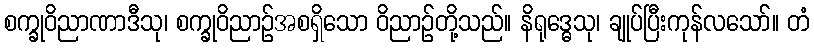
စက္ခုဝိညာဏာဒီသု၊ စက္ခုဝိညာဉ်အစရှိသော ဝိညာဉ်တို့သည်။ နိရုဒ္ဓေသု၊ ချုပ်ပြီးကုန်လသော်။ တံ